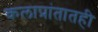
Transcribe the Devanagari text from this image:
कलाप्रांतातही